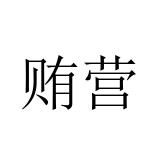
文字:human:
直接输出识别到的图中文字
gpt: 贿营